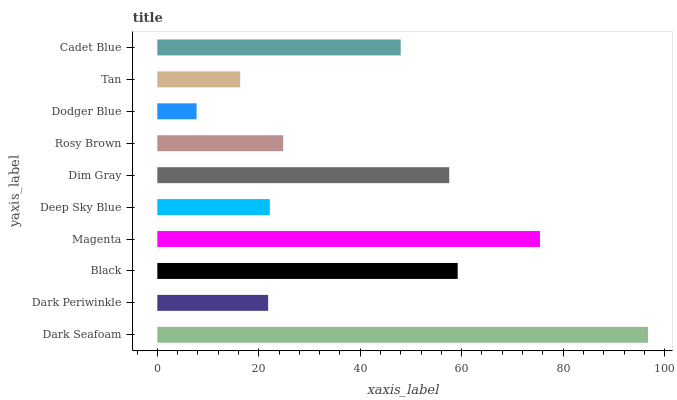
| yaxis_label | bars |
 | --- | --- |
 | Dark Seafoam | 96.7 |
 | Dark Periwinkle | 21.8 |
 | Black | 59.2 |
 | Magenta | 75.4 |
 | Deep Sky Blue | 22.2 |
 | Dim Gray | 57.5 |
 | Rosy Brown | 24.8 |
 | Dodger Blue | 7.74 |
 | Tan | 16.3 |
 | Cadet Blue | 48 |